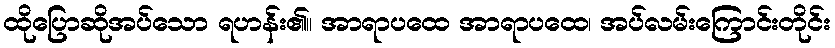
ထိုပြောဆိုအပ်သော ရဟန်း၏။ အာရာပထေ အာရာပထေ၊ အပ်လမ်းကြောင်းတိုင်း